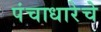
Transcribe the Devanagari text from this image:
पंचाधारेचे